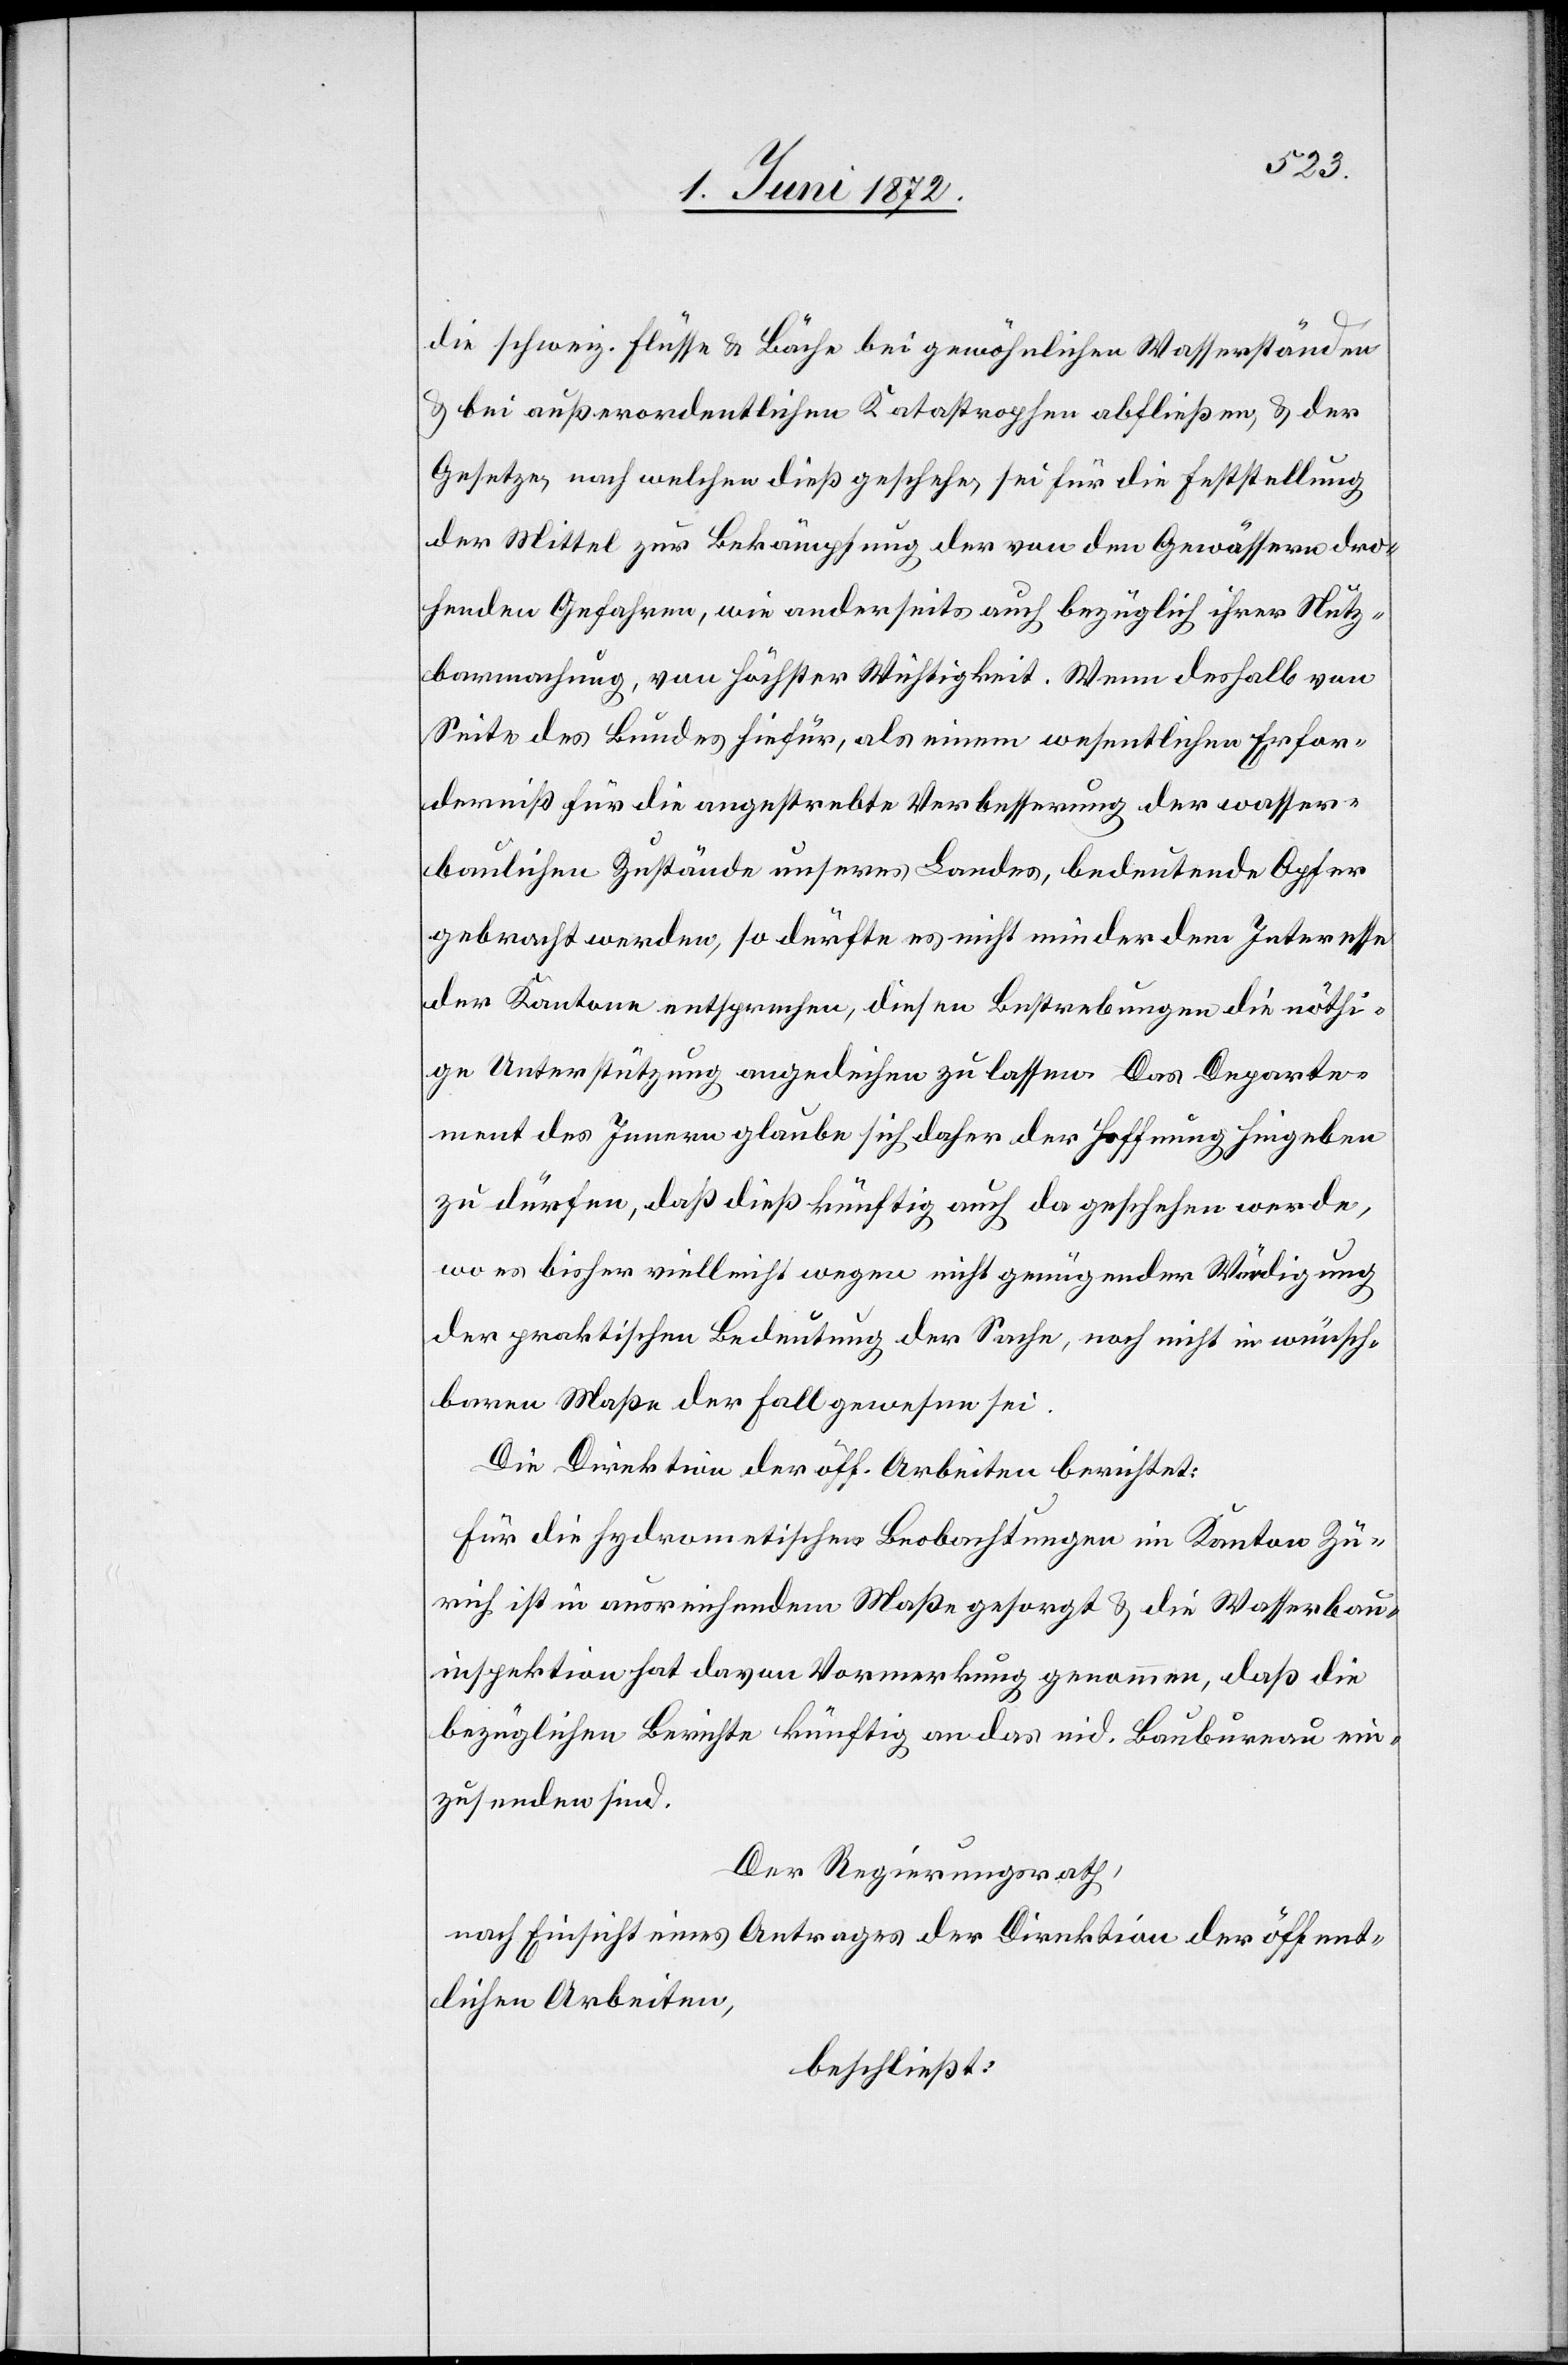
die schweiz. Flüsse u. Bäche bei gewöhnlichen Wasserständen
u. bei außerordentlichen Katastrophen abfließen, u. der
Gesetze, nach welchen dieß geschehe, sei für die Feststellung
der Mittel zur Bekämpfung der von den Gewässern dro¬
henden Gefahren, wie anderseits auch bezüglich ihrer Nutz¬
barmachung, von höchster Wichtigkeit. Wenn deshalb von
Seite des Bundes hiefür, als einem wesentliche Erfor¬
derniß für die angestrebte Verbesserung der wasser¬
baulichen Zustände unseres Landes, bedeutende Opfer
gebracht werden, so dürfte es nicht minder dem Interesse
der Kantone entsprechen, diesen Bestrebungen die nöthi¬
ge Unterstützung angedeihen zu lassen. Das Departe¬
ment des Innern glaube sich daher der Hoffnung hingeben
zu dürfen, daß dieß künftig auch da geschehen werde,
wo es bisher vielleicht wegen nicht genügender Würdigung
der praktischen Bedeutung der Sache, noch nicht in wünsch¬
baren Maße der Fall gewesen sei.
Die Direktion der öff. Arbeiten berichtet:
Für die hydrometischen Beobachtungen im Kanton Zü¬
rich ist in ausreichendem Maße gesorgt u. die Wasserbau¬
inspektion hat davon Vormerkung genommen, daß die
bezüglichen Berichte künftig an das eid. Baubureau ein¬
zusenden sind.
Der Regierungsrath,
nach Einsicht eines Antrages der Direktion der öffent¬
lichen Arbeiten,
beschließt: